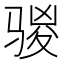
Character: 𮪣